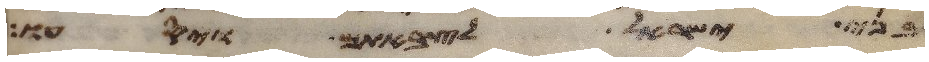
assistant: בני ישראל לצבאתם ויסעו